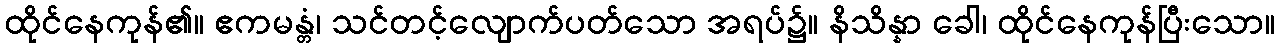
ထိုင်နေကုန်၏။ ဧကမန္တံ၊ သင်တင့်လျောက်ပတ်သော အရပ်၌။ နိသိန္နာ ခေါ၊ ထိုင်နေကုန်ပြီးသော။